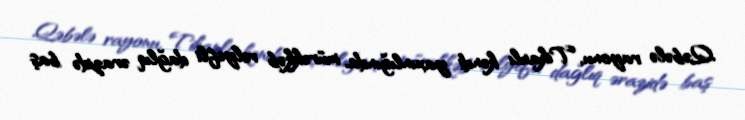
Qəbələ rayonu, Tikanlı kəndi yaxınlığında, mürəkkəb relyefli dağlıq ərazidə baş